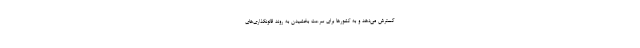
گسترش می‌دهد و به کشورها برای سرعت بخشیدن به روند قانونگذاری‌های